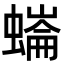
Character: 𧐩